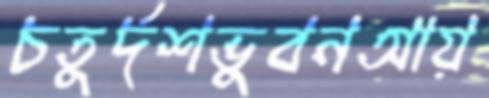
চতুর্দশভুবনআয়